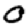
Digit: 0